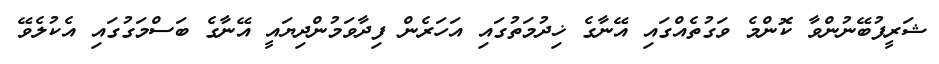
ޝަރީފުބޭނުންވާ ކޮންމެ ވަގުތެއްގައި އޭނާގެ ޚިދުމަތުގައި އަހަރެން ފިދާވަމުންދިޔައީ އޭނާގެ ބަސްމަގުގައި އެކުލެވޭ